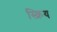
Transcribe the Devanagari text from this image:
स्क्रिय